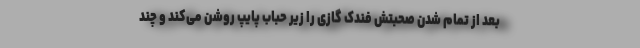
بعد از تمام شدن صحبتش فندک گازی را زیر حباب پایپ روشن می‌کند و چند